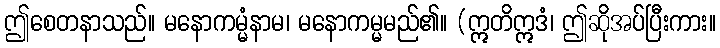
ဤစေတနာသည်။ မနောကမ္မံနာမ၊ မနောကမ္မမည်၏။ (ဣတိဣဒံ၊ ဤဆိုအပ်ပြီးကား။